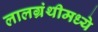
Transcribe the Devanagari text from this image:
लालग्रंथीमध्ये